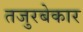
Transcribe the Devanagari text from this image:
तजुरबेकार